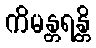
ကိမန္တရန္တိ